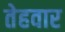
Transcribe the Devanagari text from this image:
तेहवार